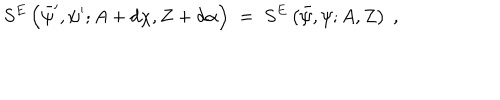
LaTeX: S ^ { E } \left( \bar { \psi } ^ { \prime } , \psi ^ { \prime } ; A + d \chi , Z + d \alpha \right) \; = \; S ^ { E } \left( \bar { \psi } , \psi ; A , Z \right) ~ ,